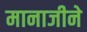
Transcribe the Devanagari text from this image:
मानाजीने